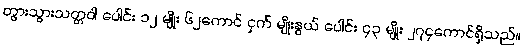
တွားသွားသတ္တဝါ ပေါင်း ၁၂ မျိုး ၆၂ကောင် ငှက် မျိုးနွယ် ပေါင်း ၄၃ မျိုး ၂၇၄ကောင်ရှိသည်။